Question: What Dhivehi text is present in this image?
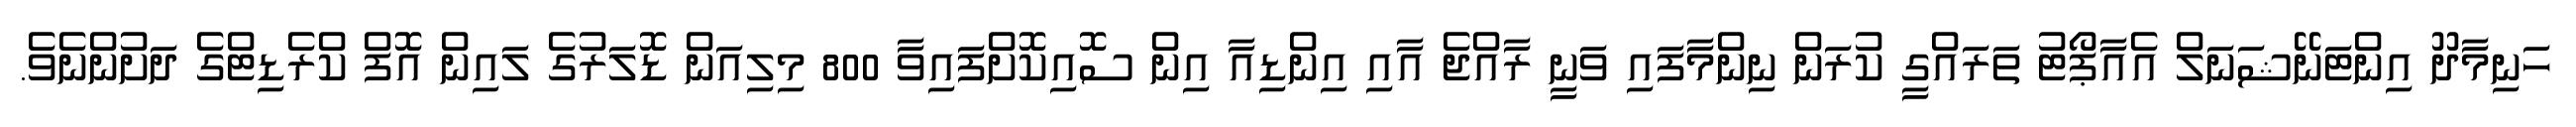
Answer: ހަނިމާދޫ އިންޓަނޭޝަނަލް އެއާޕޯޓު ތަރައްގީ ކުރަން ނިންމާފައި ވަނީ ރާއްޖެ އާއި އިންޑިއާ އިން ސޮއިކޮށްފައިވާ 800 މިލިއަން ޑޮލަރުގެ ލައިން އޮފް ކްރެޑިޓްގެ ދަށުންނެވެ.